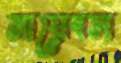
নায়েবস